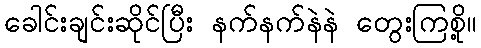
ခေါင်းချင်းဆိုင်ပြီး နက်နက်နဲနဲ တွေးကြစို့။